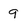
Character: q